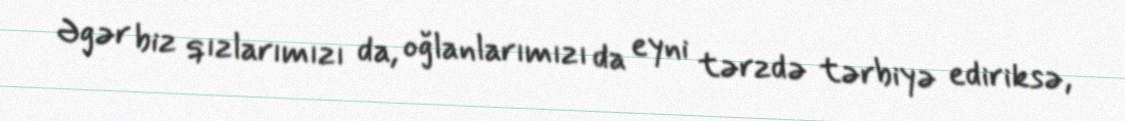
Əgər biz qızlarımızı da, oğlanlarımızı da eyni tərzdə tərbiyə ediriksə,